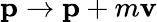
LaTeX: \mathbf{p}\rightarrow\mathbf{p}+m\mathbf{v}